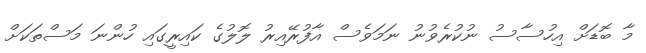
މާ ބޮޑަށް އިހުސާސު ނުކުރެވުނު ނަމަވެސް އާފުރޭއިރު ލޮލުގެ ކައިރީގައި ހުންނަ މަސްތަކަށް